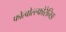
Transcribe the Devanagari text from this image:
फोत्बोल्ल्फोरेनिङ